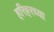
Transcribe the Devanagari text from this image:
हरिहरच्या